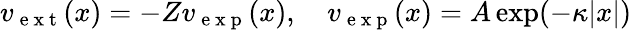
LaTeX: v_{\mathrm{~e~x~t~}}(x)=-Zv_{\mathrm{~e~x~p~}}(x),\quad v_{\mathrm{~e~x~p~}}(x)=A\exp(-\kappa|x|)